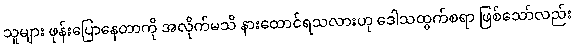
သူများ ဖုန်းပြောနေတာကို အလိုက်မသိ နားထောင်ရသလားဟု ဒေါသထွက်စရာ ဖြစ်သော်လည်း